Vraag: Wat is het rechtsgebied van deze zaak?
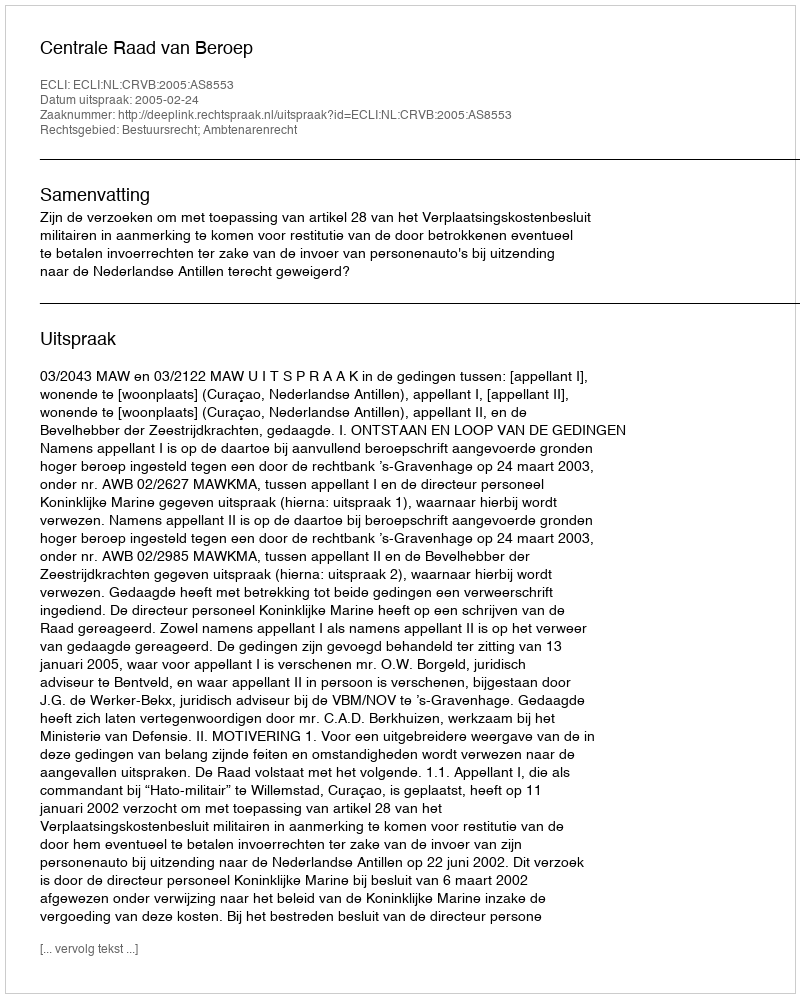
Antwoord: Bestuursrecht; Ambtenarenrecht